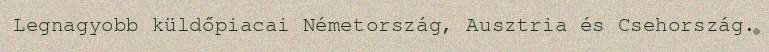
Legnagyobb küldőpiacai Németország, Ausztria és Csehország.